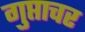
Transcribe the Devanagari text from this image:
गुप्ताचर